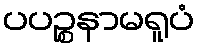
ပပဉ္စနာမရူပံ